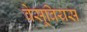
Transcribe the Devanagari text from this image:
वेसूवियस